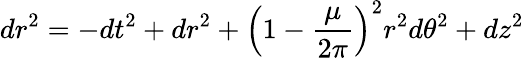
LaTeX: dr^{2}=-dt^{2}+dr^{2}+\left(1-\frac{\mu}{2\pi}\right)^{2}r^{2}d\theta^{2}+dz^{2}